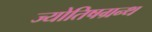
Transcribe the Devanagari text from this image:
ज्योतिषग्रन्थ